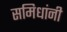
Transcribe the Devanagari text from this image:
समिधांनी